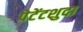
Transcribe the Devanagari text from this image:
पेटेंटशुदा